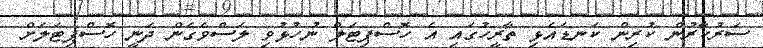
ސަރުކާރުން ކުރިން ކަނޑައެޅި ތާރީހުގައި އެ ހޮސްޕިޓަލް ނުހުޅުވި ލަސްވެގެން ދަނީ ހޮސްޕިޓަލަށް